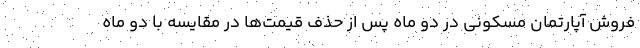
فروش آپارتمان مسکونی در دو ماه پس از حذف قیمت‌ها در مقایسه با دو ماه